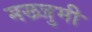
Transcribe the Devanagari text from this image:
मख्जुमी